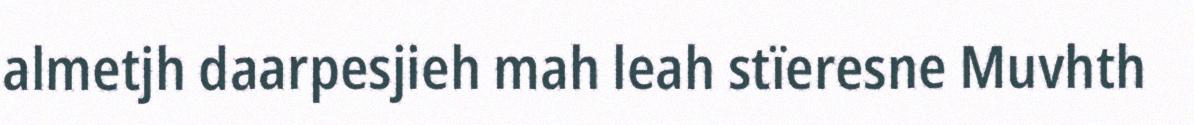
almetjh daarpesjieh mah leah stïeresne Muvhth